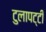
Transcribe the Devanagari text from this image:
टुलापट्टी